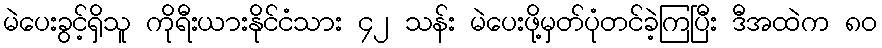
မဲပေးခွင့်ရှိသူ ကိုရီးယားနိုင်ငံသား ၄၂ သန်း မဲပေးဖို့မှတ်ပုံတင်ခဲ့ကြပြီး ဒီအထဲက ၈၀